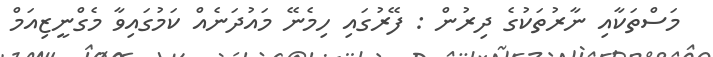
މަސްތަކާއި ނާރުތަކުގެ ދިރުން : ފޭރުގައި ހިމެނޭ މައުދަނެއް ކަމުގައިވާ މެގްނީޒިއަމް